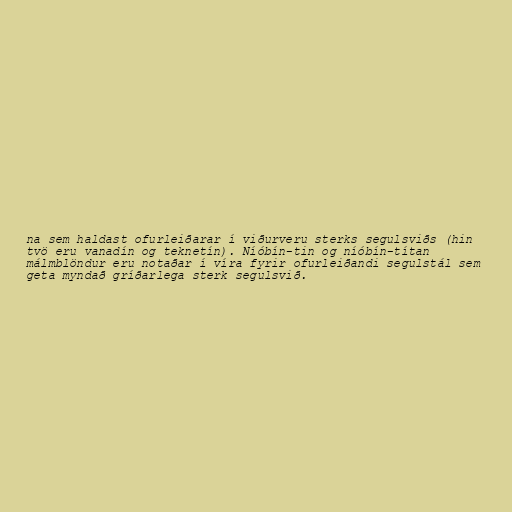
na sem haldast ofurleiðarar í viðurveru sterks segulsviðs (hin
tvö eru vanadín og teknetín). Níóbín-tin og níóbín-títan
málmblöndur eru notaðar í víra fyrir ofurleiðandi segulstál sem
geta myndað gríðarlega sterk segulsvið.